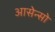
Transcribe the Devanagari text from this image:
आसेन्सो